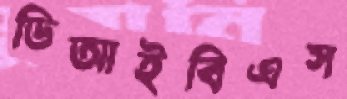
ডিআইবিএস